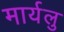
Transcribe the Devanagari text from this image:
मार्यलु